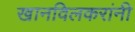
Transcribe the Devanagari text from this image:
खानविलकरांनी